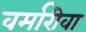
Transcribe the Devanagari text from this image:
वर्मारीवा